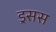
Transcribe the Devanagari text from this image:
ड्रसस